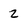
Character: 2